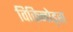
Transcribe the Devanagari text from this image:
विकिनोड्स